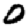
Digit: 0